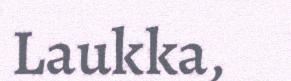
Laukka,